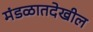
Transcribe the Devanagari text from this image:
मंडळातदेखील